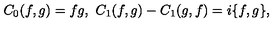
C _ { 0 } ( f , g ) = f g , \ C _ { 1 } ( f , g ) - C _ { 1 } ( g , f ) = i \{ f , g \} ,